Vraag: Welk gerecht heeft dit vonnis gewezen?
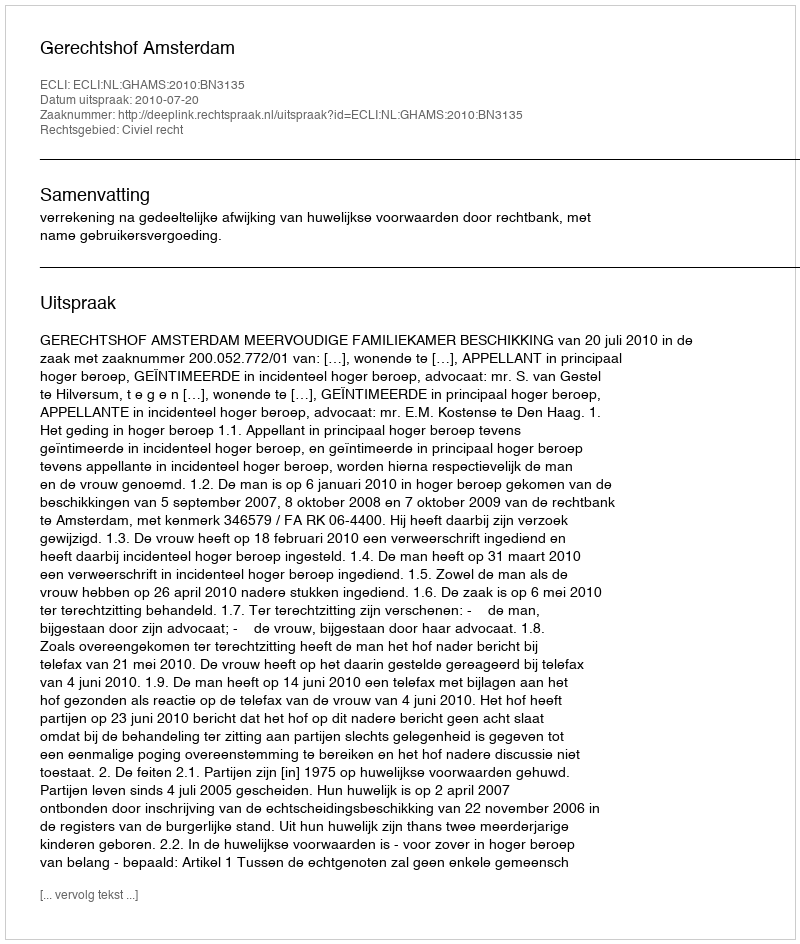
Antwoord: Gerechtshof Amsterdam